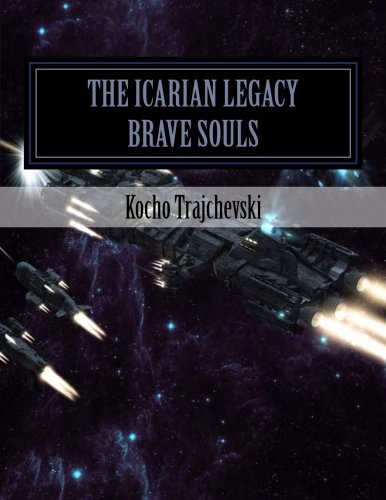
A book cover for The Icarian Legacy : BRAVE SOULS (Volume 1); Kocho Trajchevski; Science Fiction & Fantasy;